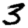
Digit: 3